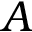
A